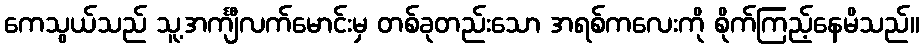
ကေသွယ်သည် သူ့အင်္ကျီလက်မောင်းမှ တစ်ခုတည်းသော အရစ်ကလေးကို စိုက်ကြည့်နေမိသည်။